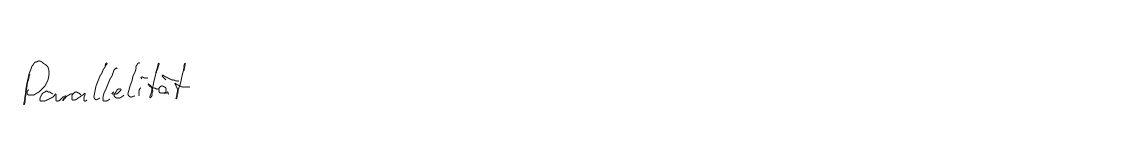
Parallelität